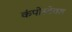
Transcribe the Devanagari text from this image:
कंपोस्टेबल